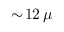
\sim \! 1 2 \, \mu